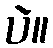
ပဲ။